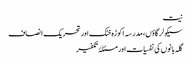
نیت
سیکولر گاؤں، مدرسہ اکوڑہ خٹک اور تحریک انصاف
گلہ بانوں کی نفسیات اور مسئلۂ تکفیر